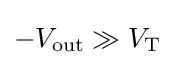
-V_{\text{out}}\gg V_{\text{T}}